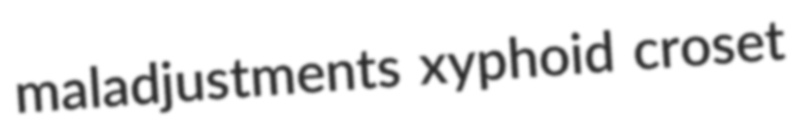
maladjustments xyphoid croset